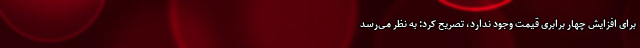
برای افزایش چهار برابری قیمت وجود ندارد، تصریح کرد: به نظر می‌رسد